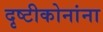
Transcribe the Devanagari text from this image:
दृष्टीकोनांना